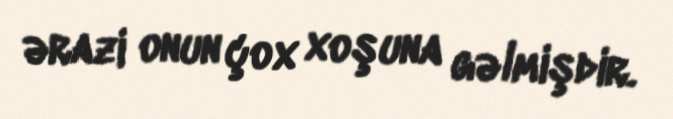
ərazi onun çox xoşuna gəlmişdir.